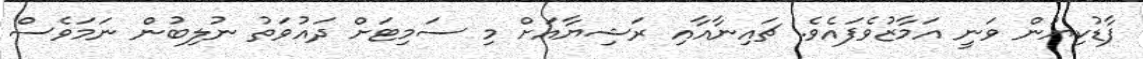
ފާޑުކިޔުން ވަނީ އަމާޒުވެފައެވެ. ޗައިނާއާއި ރަޝިޔާއަށް މި ސަމިޓަށް ދައުވަތު ނުލިބުން ނަމަވެސް